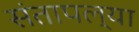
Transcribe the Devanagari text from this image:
संतापल्या